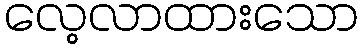
လေ့လာထားသော